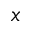
x